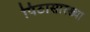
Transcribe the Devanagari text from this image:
पिठासारख्या